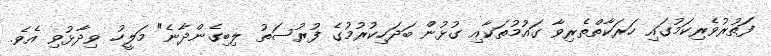
ފަތުރުވެރިކަމުގައި ހަރަކާތްތެރިވާ ގައުމުތަކާއި ގުޅުން ބަދަހިކުރުމުގެ ފުރުސަތު ލިބިގެންދާނެ" މަލީހު ވިދާޅުވި އެވެ.